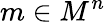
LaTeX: m\in M^{n}